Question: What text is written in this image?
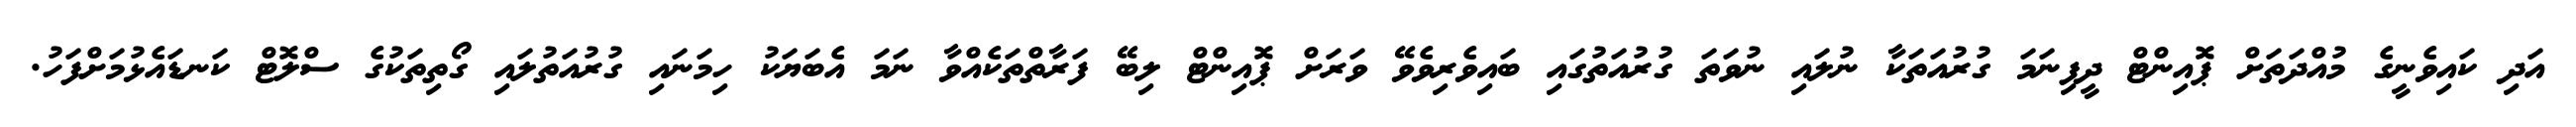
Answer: އަދި ކައިވެނީގެ މުއްދަތަށް ޕޮއިންޓް ދީފިނަމަ ގުރުއަތަކާ ނުލައި ނުވަތަ ގުރުއަތުގައި ބައިވެރިވެވޭ ވަރަށް ޕޮއިންޓް ލިބޭ ފަރާތްތަކެއްވާ ނަމަ އެބަޔަކު ހިމަނައި ގުރުއަތުލައި ގޯތިތަކުގެ ސްލޮޓް ކަނޑައެޅުމަށްފަހު.